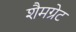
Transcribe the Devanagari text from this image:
शैमग्रेट